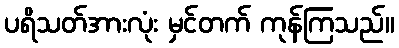
ပရိသတ်အားလုံး မှင်တက် ကုန်ကြသည်။